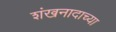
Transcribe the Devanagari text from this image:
शंखनादाच्या